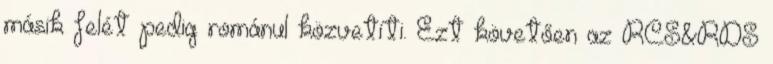
másik felét pedig románul közvetíti. Ezt követően az RCS&RDS